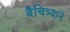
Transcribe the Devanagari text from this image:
वैचित्र्याने